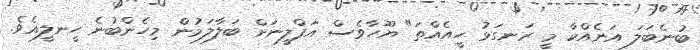
ބުނެބަލަ އަނެއްކާ މީ ރަނގަޅު ހީއެއްތަ" ޔޫހާވެސް އަފްލީނަށް ބަލާލަމުން މިހެންބުނެ ހީނލީއެވެ.